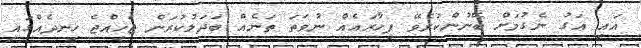
އައި އަގު ނެގުމަށް ބޭނުންކުރެވޭ ފިހާރައެއް ނުވަތަ ތަނެއް ބަދަލުކުރަން ޖެހިއްޖެ ހިނދެއްގައި